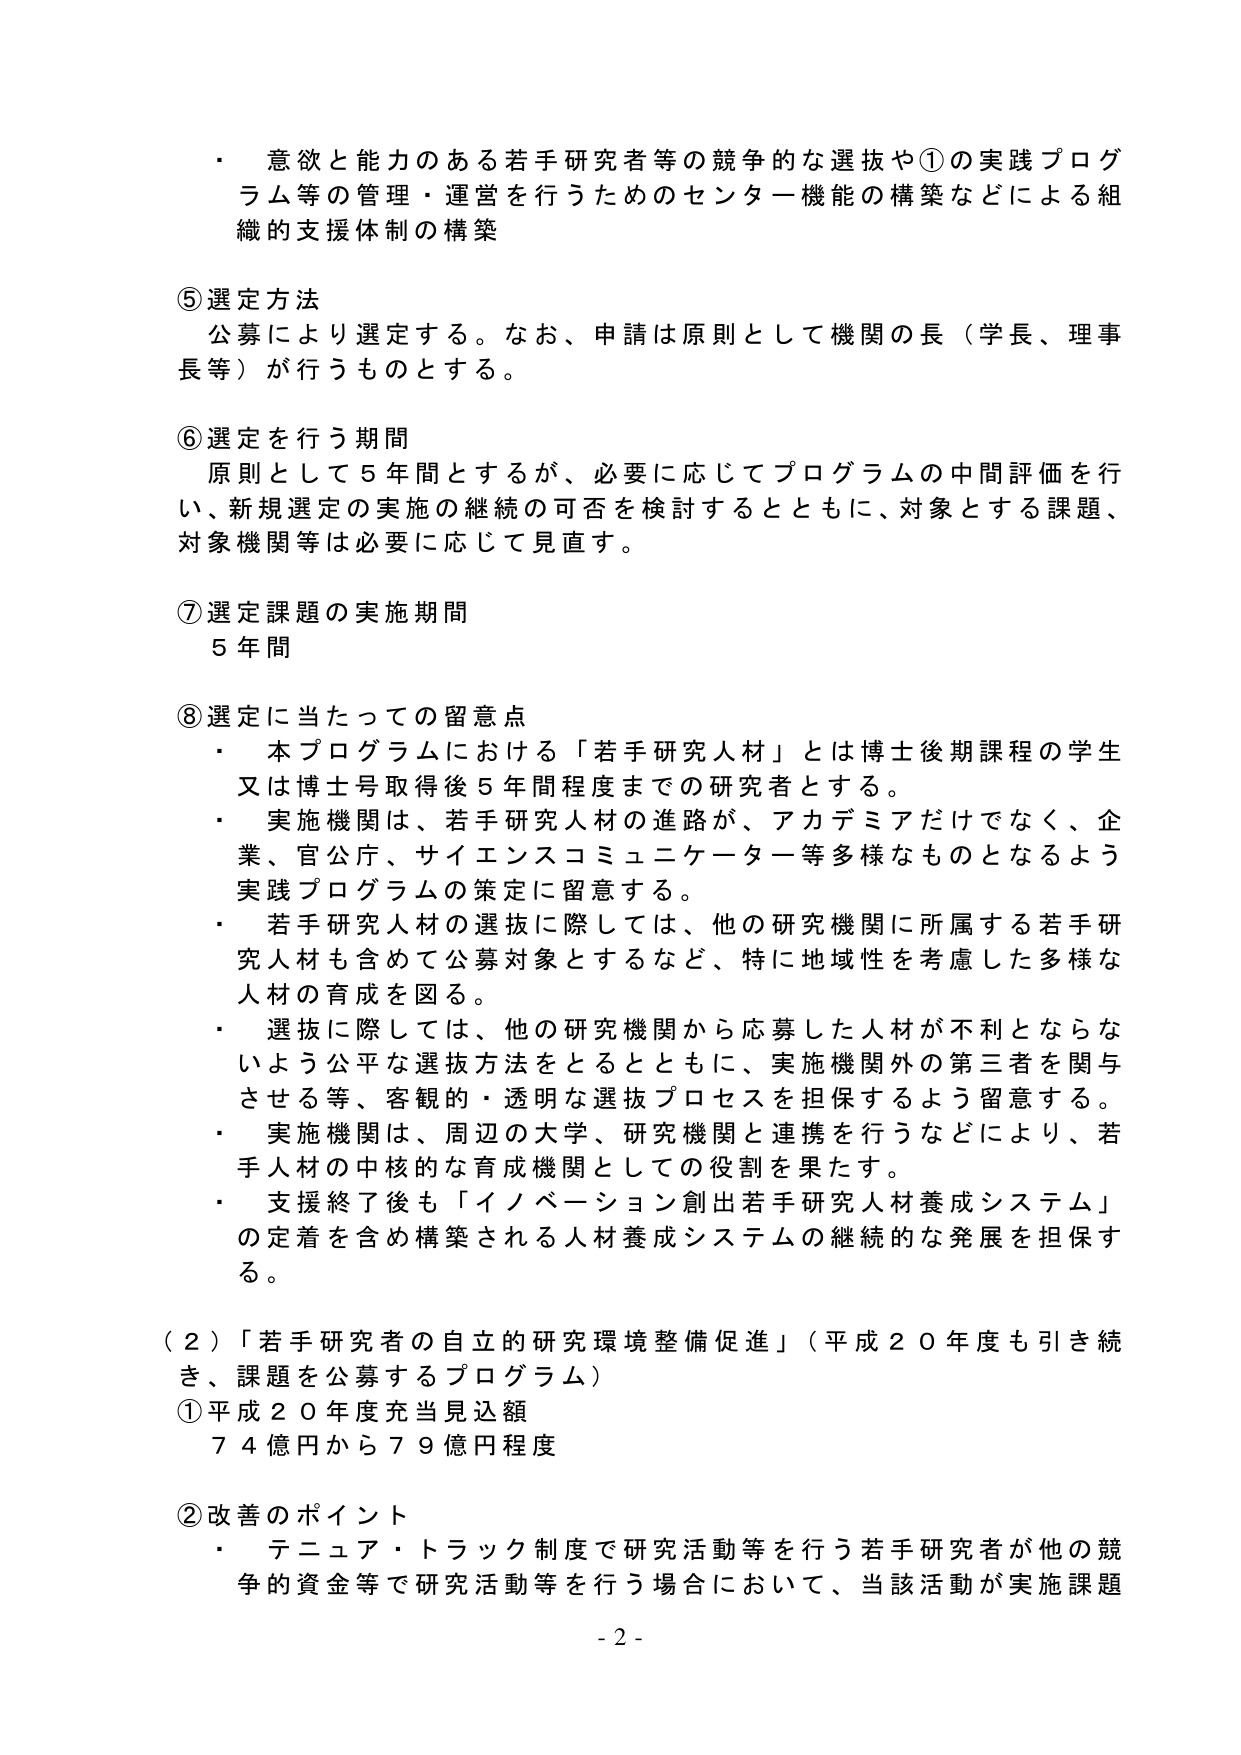
・ 意欲と能力のある若手研究者等の競争的な選抜や①の実践プログラム等の管理・運営を行うためのセンター機能の構築などによる組織的支援体制の構築

⑤選定方法
公募により選定する。なお、申請は原則として機関の長（学長、理事長等）が行うものとする。

⑥選定を行う期間
原則として5年間とするが、必要に応じてプログラムの中間評価を行い、新規選定の実施の継続の可否を検討するとともに、対象とする課題、対象機関等は必要に応じて見直す。

⑦選定課題の実施期間
5年間

⑧選定に当たっての留意点
・ 本プログラムにおける「若手研究人材」とは博士後期課程の学生又は博士号取得後5年間程度までの研究者とする。
・ 実施機関は、若手研究人材の進路が、アカデミアだけでなく、企業、官公庁、サイエンスコミュニケーター等多様なものとなるよう実践プログラムの策定に留意する。
・ 若手研究人材の選抜に際しては、他の研究機関に所属する若手研究人材も含めて公募対象とするなど、特に地域性を考慮した多様な人材の育成を図る。
・ 選抜に際しては、他の研究機関から応募した人材が不利とならないよう公平な選抜方法をとるとともに、実施機関外の第三者を関与させる等、客観的・透明な選抜プロセスを担保するよう留意する。
・ 実施機関は、周辺の大学、研究機関と連携を行うなどにより、若手人材の中核的な育成機関としての役割を果たす。
・ 支援終了後も「イノベーション創出若手研究人材養成システム」の定着を含め構築される人材養成システムの継続的な発展を担保する。

（2）「若手研究者の自立的研究環境整備促進」（平成20年度も引き続き、課題を公募するプログラム）
①平成20年度充当見込額
74億円から79億円程度

②改善のポイント
・ テニュア・トラック制度で研究活動等を行う若手研究者が他の競争的資金等で研究活動等を行う場合において、当該活動が実施課題

- 2 -